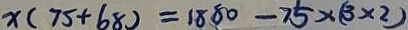
x ( 7 5 + 6 8 ) = 1 8 8 0 - 7 5 \times ( 3 \times 2 )